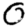
Digit: 0